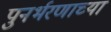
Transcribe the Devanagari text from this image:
पुनर्भरणाच्या